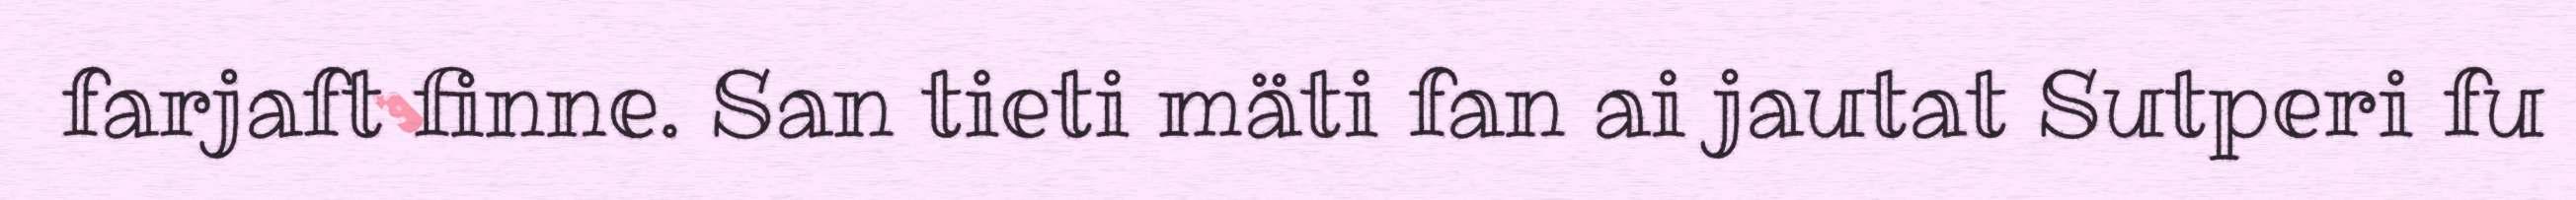
farjaft finne. San tieti mäti fan ai jautat Sutperi fu